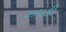
ઝપડી